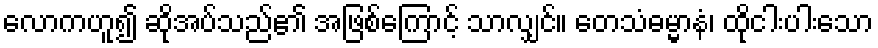
လောကဟူ၍ ဆိုအပ်သည်၏ အဖြစ်ကြောင့် သာလျှင်။ တေသံဓမ္မာနံ၊ ထိုငါးပါးသော